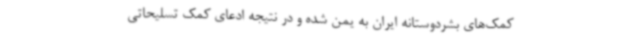
کمک‌های بشردوستانه ایران به یمن شده و در نتیجه ادعای کمک تسلیحاتی